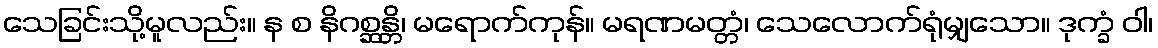
သေခြင်းသို့မူလည်း။ န စ နိဂစ္ဆန္တိ၊ မရောက်ကုန်။ မရဏမတ္တံ၊ သေလောက်ရုံမျှသော။ ဒုက္ခံ ဝါ၊